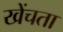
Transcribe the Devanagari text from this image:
खेंचता